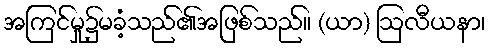
အကြင်မှု၌မခံ့သည်၏အဖြစ်သည်။ (ယာ) ဩလီယနာ၊